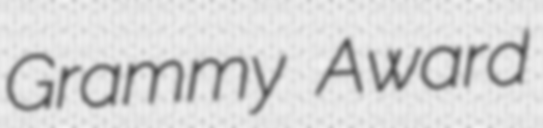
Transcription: Grammy Award